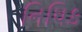
નિધિક